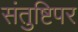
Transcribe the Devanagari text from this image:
संतुष्टिपर